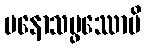
မနောသမ္ဖဿောပိ